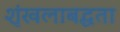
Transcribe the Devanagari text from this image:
शृंखलाबद्धता